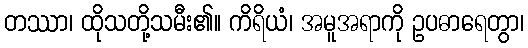
တဿာ၊ ထိုသတို့သမီး၏။ ကိရိယံ၊ အမူအရာကို ဥပဓာရေတွာ၊